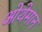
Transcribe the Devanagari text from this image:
ओथेमान